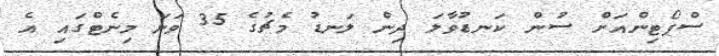
ސްޕޯޓިންއަށް ސުން ކަނޑުވާލަ ދިން ލަނޑު މެޗުގެ 35 ވަނަ މިނެޓްގައި އެ